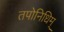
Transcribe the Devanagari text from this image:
तपोनिधिम्